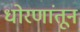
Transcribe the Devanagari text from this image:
धोरणांतून